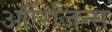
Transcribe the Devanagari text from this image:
ऑरिजिन्स